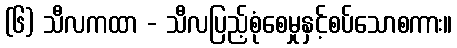
(၆) သီလကထာ - သီလပြည့်စုံစေမှုနှင့်စပ်သောစကား။